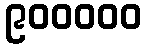
၉၀၀၀၀၀